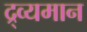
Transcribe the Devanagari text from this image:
द्र्व्यमान